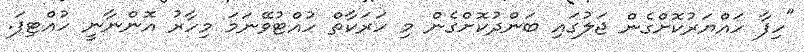
"ހިފާ ހައްޔަރުކޮށްގެން ޖަލުގައި ބަންދުކޮށްގެން މި ހަރަކާތް ހުއްޓުވޭނަމަ މިހާރު އޮންނާނީ ހުއްޓިފަ.